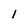
Character: l